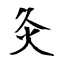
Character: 灸